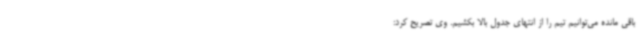
باقی مانده می‌توانیم تیم را از انتهای جدول بالا بکشیم. وی تصریح کرد: